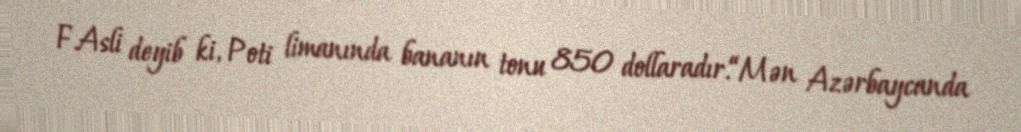
F.Asli deyib ki, Poti limanında bananın tonu 850 dollaradır.“Mən Azərbaycanda